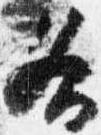
各